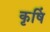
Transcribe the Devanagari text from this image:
कृषिं